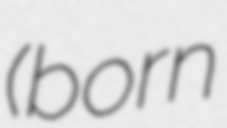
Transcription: (born